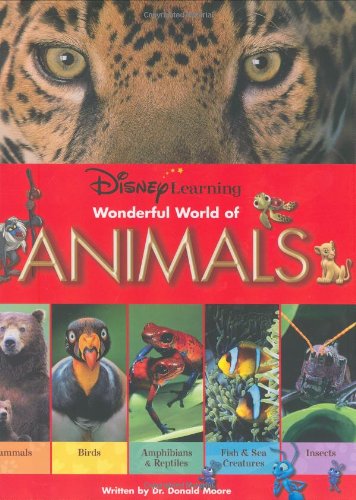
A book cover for Disney Learning Wonderful World of Animals; Disney Book Group; Reference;